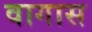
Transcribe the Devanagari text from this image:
वागास